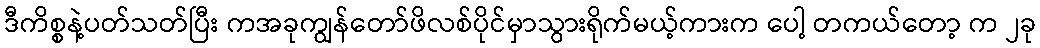
ဒီကိစ္စနဲ့ပတ်သတ်ပြီး ကအခုကျွန်တော်ဖိလစ်ပိုင်မှာသွားရိုက်မယ့်ကားက ပေါ့ တကယ်တော့ က ၂ခု